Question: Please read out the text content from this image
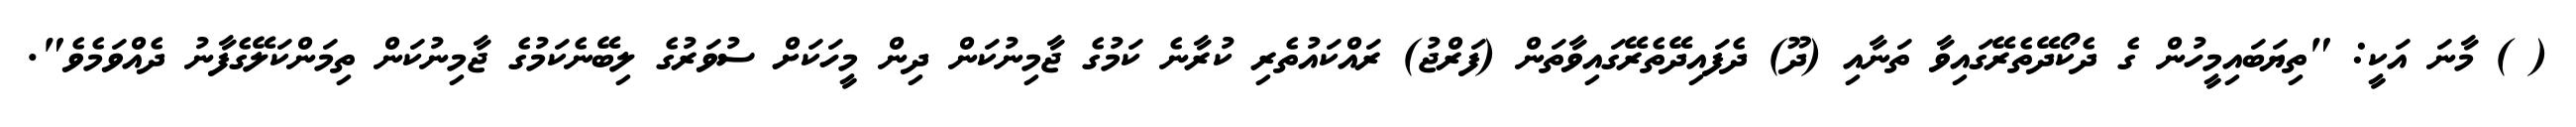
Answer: ( ) މާނަ އަކީ: "ތިޔަބައިމީހުން ގެ ދެކޯދޭތެރޭގައިވާ ތަނާއި (ދޫ) ދެފައިދޭތެރޭގައިވާތަން (ފަރްޖު) ރައްކައުތެރި ކުރާނެ ކަމުގެ ޖާމިނުކަން ދިން މީހަކަށް ސުވަރުގެ ލިބޭނެކަމުގެ ޖާމިނުކަން ތިމަންކަލޭގެފާނު ދެއްވަމެވެ".